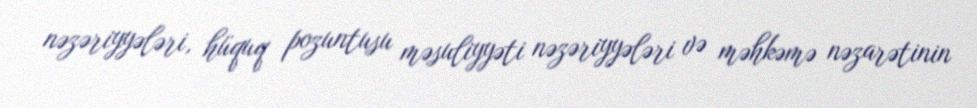
nəzəriyyələri, hüquq pozuntusu məsuliyyəti nəzəriyyələri və məhkəmə nəzarətinin